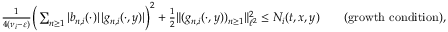
\begin{array} { r l r } { \frac { 1 } { 4 ( \nu _ { i } - \varepsilon ) } \Big ( \sum _ { n \geq 1 } | b _ { n , i } ( \cdot ) | \, | g _ { n , i } ( \cdot , y ) | \Big ) ^ { 2 } + \frac 1 2 \| ( g _ { n , i } ( \cdot , y ) ) _ { n \geq 1 } \| _ { \ell ^ { 2 } } ^ { 2 } \leq N _ { i } ( t , x , y ) } & { } & { \mathrm { ( g r o w t h ~ c o n d i t i o n ) , } } \end{array}